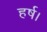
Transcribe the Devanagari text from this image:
हर्ष।